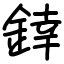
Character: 﨨